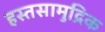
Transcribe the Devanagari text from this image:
हस्तसामुद्रिक